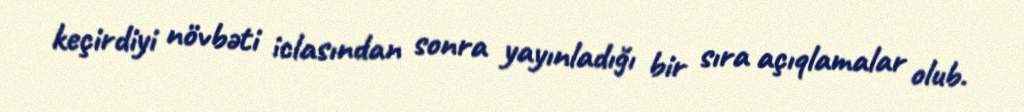
keçirdiyi növbəti iclasından sonra yayınladığı bir sıra açıqlamalar olub.